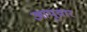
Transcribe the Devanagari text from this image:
आयुवार